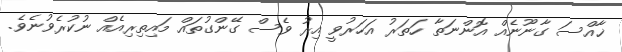
ޚާއްސަ ގާނޫނެއް އޮންނަތާ ހަތަރު އަހަރުވީ އިރު ވެސް ގޭންގުތައް މައިތިރިއެއް ނުކުރެވުނެވެ.